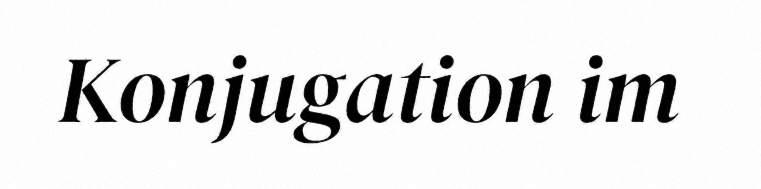
Konjugation im